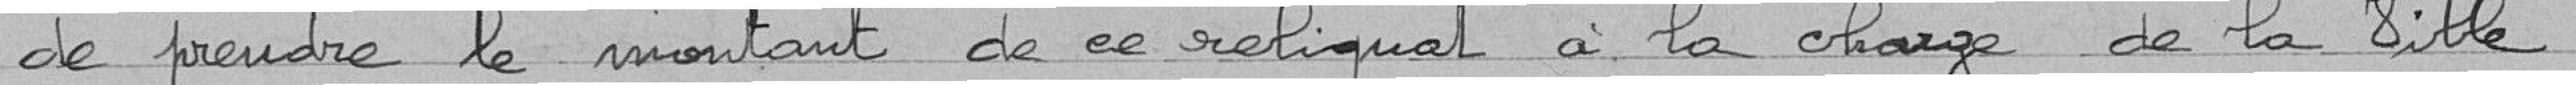
de prendre le montant de ce reliquat à la charge de la Ville .